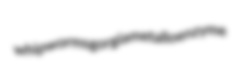
whipworms gorgia metalloenzyme